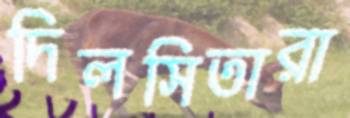
দিলসিতারা